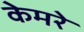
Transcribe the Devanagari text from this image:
केमरे